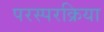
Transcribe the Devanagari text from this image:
परस्परक्रिया